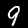
Digit: 9